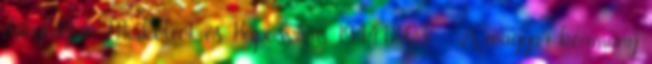
elfoglalják Miskolcot és Kaposvárt. 1944.12.03. - A magyar kormány